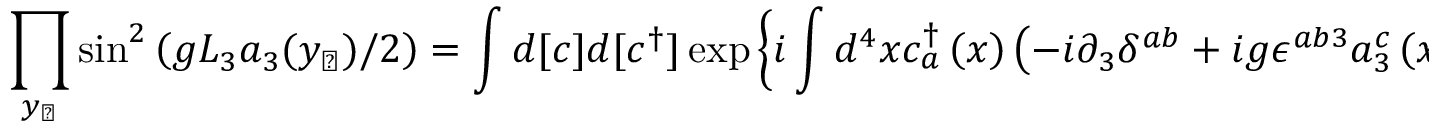
\prod _ { y _ { \perp } } \sin ^ { 2 } \left( g L _ { 3 } a _ { 3 } ( y _ { \perp } ) / 2 \right) = \int d [ c ] d [ c ^ { \dagger } ] \exp \left\{ i \int d ^ { 4 } x c _ { a } ^ { \dagger } \left( x \right) \left( - i \partial _ { 3 } \delta ^ { a b } + i g \epsilon ^ { a b 3 } a _ { 3 } ^ { c } \left( x _ { \perp } \right) \right) c _ { b } \left( x \right) \right\} .